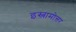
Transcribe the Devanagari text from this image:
इस्लामोत्तर